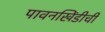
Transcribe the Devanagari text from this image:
पावनखिंडीची